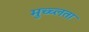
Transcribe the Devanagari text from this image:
मुच्च्लता